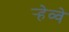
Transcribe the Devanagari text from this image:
र्‍हेव्वे